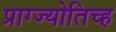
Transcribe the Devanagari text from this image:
प्राग्ज्योतिच्ह